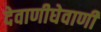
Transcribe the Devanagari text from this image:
देवाणीघेवाणी